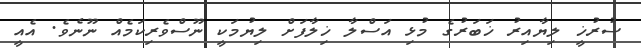
ސުރުޚީ ލިޔާއިރު ޚަބަރުގެ މުޅި އަސްލާ ޚިލާފަށް ލިޔުމަކީ ނޫސްވެރިކަމެއް ނޫނެވެ. އެއީ